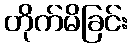
တိုက်မိခြင်း